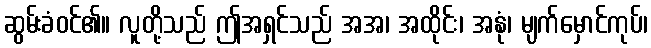
ဆွမ်းခံဝင်၏။ လူတို့သည် ဤအရှင်သည် အအ၊ အထိုင်း၊ အနုံ၊ မျက်မှောင်ကုပ်၊